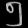
Digit: ၅